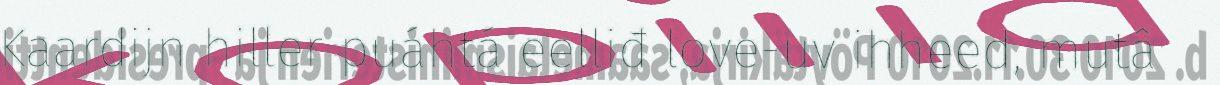
Kaardijn hiller puáhtá eelliđ love-uv ihheed, mutâ